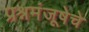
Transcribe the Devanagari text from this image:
प्रश्नमंजूषेचे